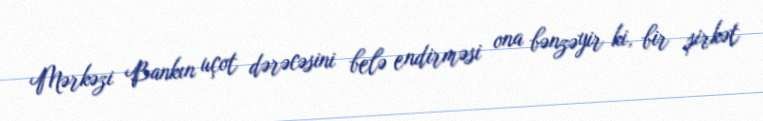
Mərkəzi Bankın uçot dərəcəsini belə endirməsi ona bənzəyir ki, bir şirkət